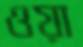
ওয়া